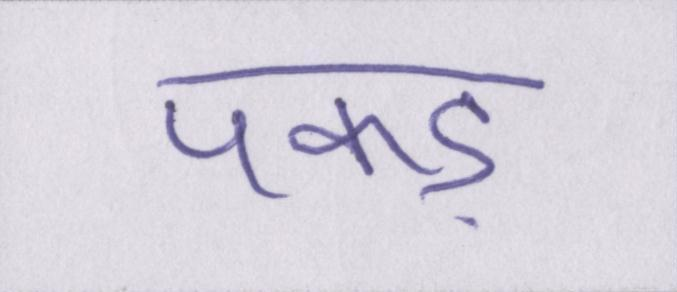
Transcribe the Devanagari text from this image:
पकड़